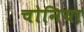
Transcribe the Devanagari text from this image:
चोनिया